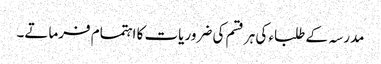
مدرسہ کے طلباء کی ہر قسم کی ضروریات کا اہتمام فرماتے۔